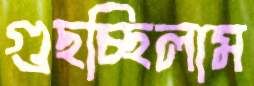
গুছচ্ছিলাম